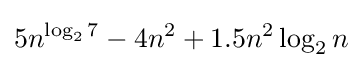
5n^{\log _{2}7}-4n^{2}+1.5n^{2}\log _{2}n